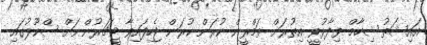
އައިޝަތު ޝިހާމް ވިދާޅުވީ އިތުރަށް ތަމްރީން ކުރަން ކުރަން ޖެހިފައިވާ ޓީޗަރުންނަށް ސްކޫލުގައި